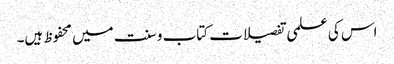
اس کی علمی تفصیلات کتاب و سنت میں محفوظ ہیں۔